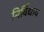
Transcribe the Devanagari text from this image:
निर्विधाय